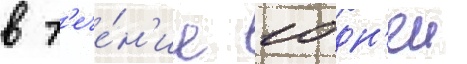
в т'ече́н'ие 10 дн'еи